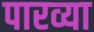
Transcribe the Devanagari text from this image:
पारव्या